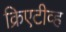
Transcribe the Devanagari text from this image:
क्रिएटीव्ह